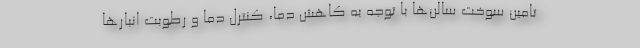
تامین سوخت سالن‌ها با توجه به کاهش دما، کنترل دما و رطوبت انبارها